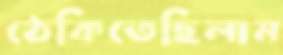
ঠেকিতেছিলাম